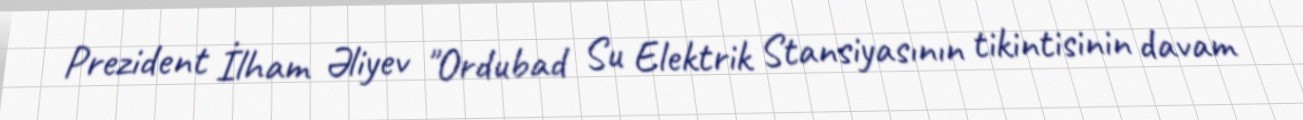
Prezident İlham Əliyev "Ordubad Su Elektrik Stansiyasının tikintisinin davam